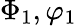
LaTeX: \Phi_{1},\varphi_{1}